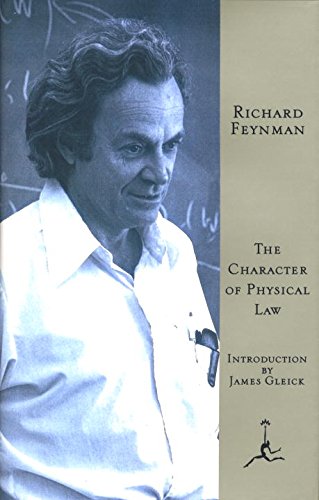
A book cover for The Character of Physical Law (Modern Library); Richard Feynman; Science & Math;